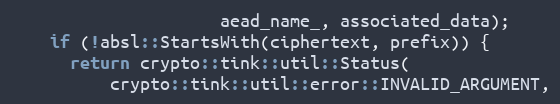
Language: C
                     aead_name_, associated_data);
    if (!absl::StartsWith(ciphertext, prefix)) {
      return crypto::tink::util::Status(
          crypto::tink::util::error::INVALID_ARGUMENT,